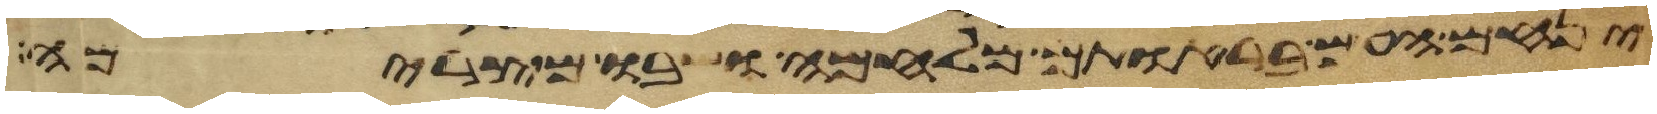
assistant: ינחם העם בראותם מלחמה ושבו מצרימה